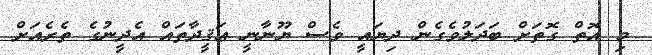
މި އޮތް ގޮތަށް ބަދަލުވެގެން ދިޔައީ ވެސް ޔޫނާނީ ޢަޤީދާތައް އެދީނުގެ ތެރެއަށް